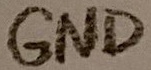
Text: GND